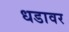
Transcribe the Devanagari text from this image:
धडावर